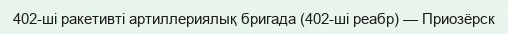
402-ші ракетивті артиллериялық бригада (402-ші реабр) — Приозёрск